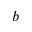
b